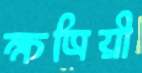
ক্ষত্রিয়ী